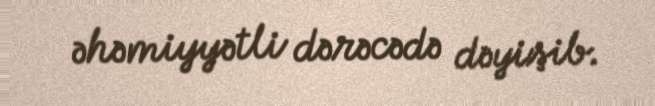
əhəmiyyətli dərəcədə dəyişib.